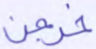
خرجن